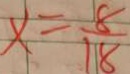
x = \frac { 8 } { 1 8 }